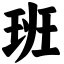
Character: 班